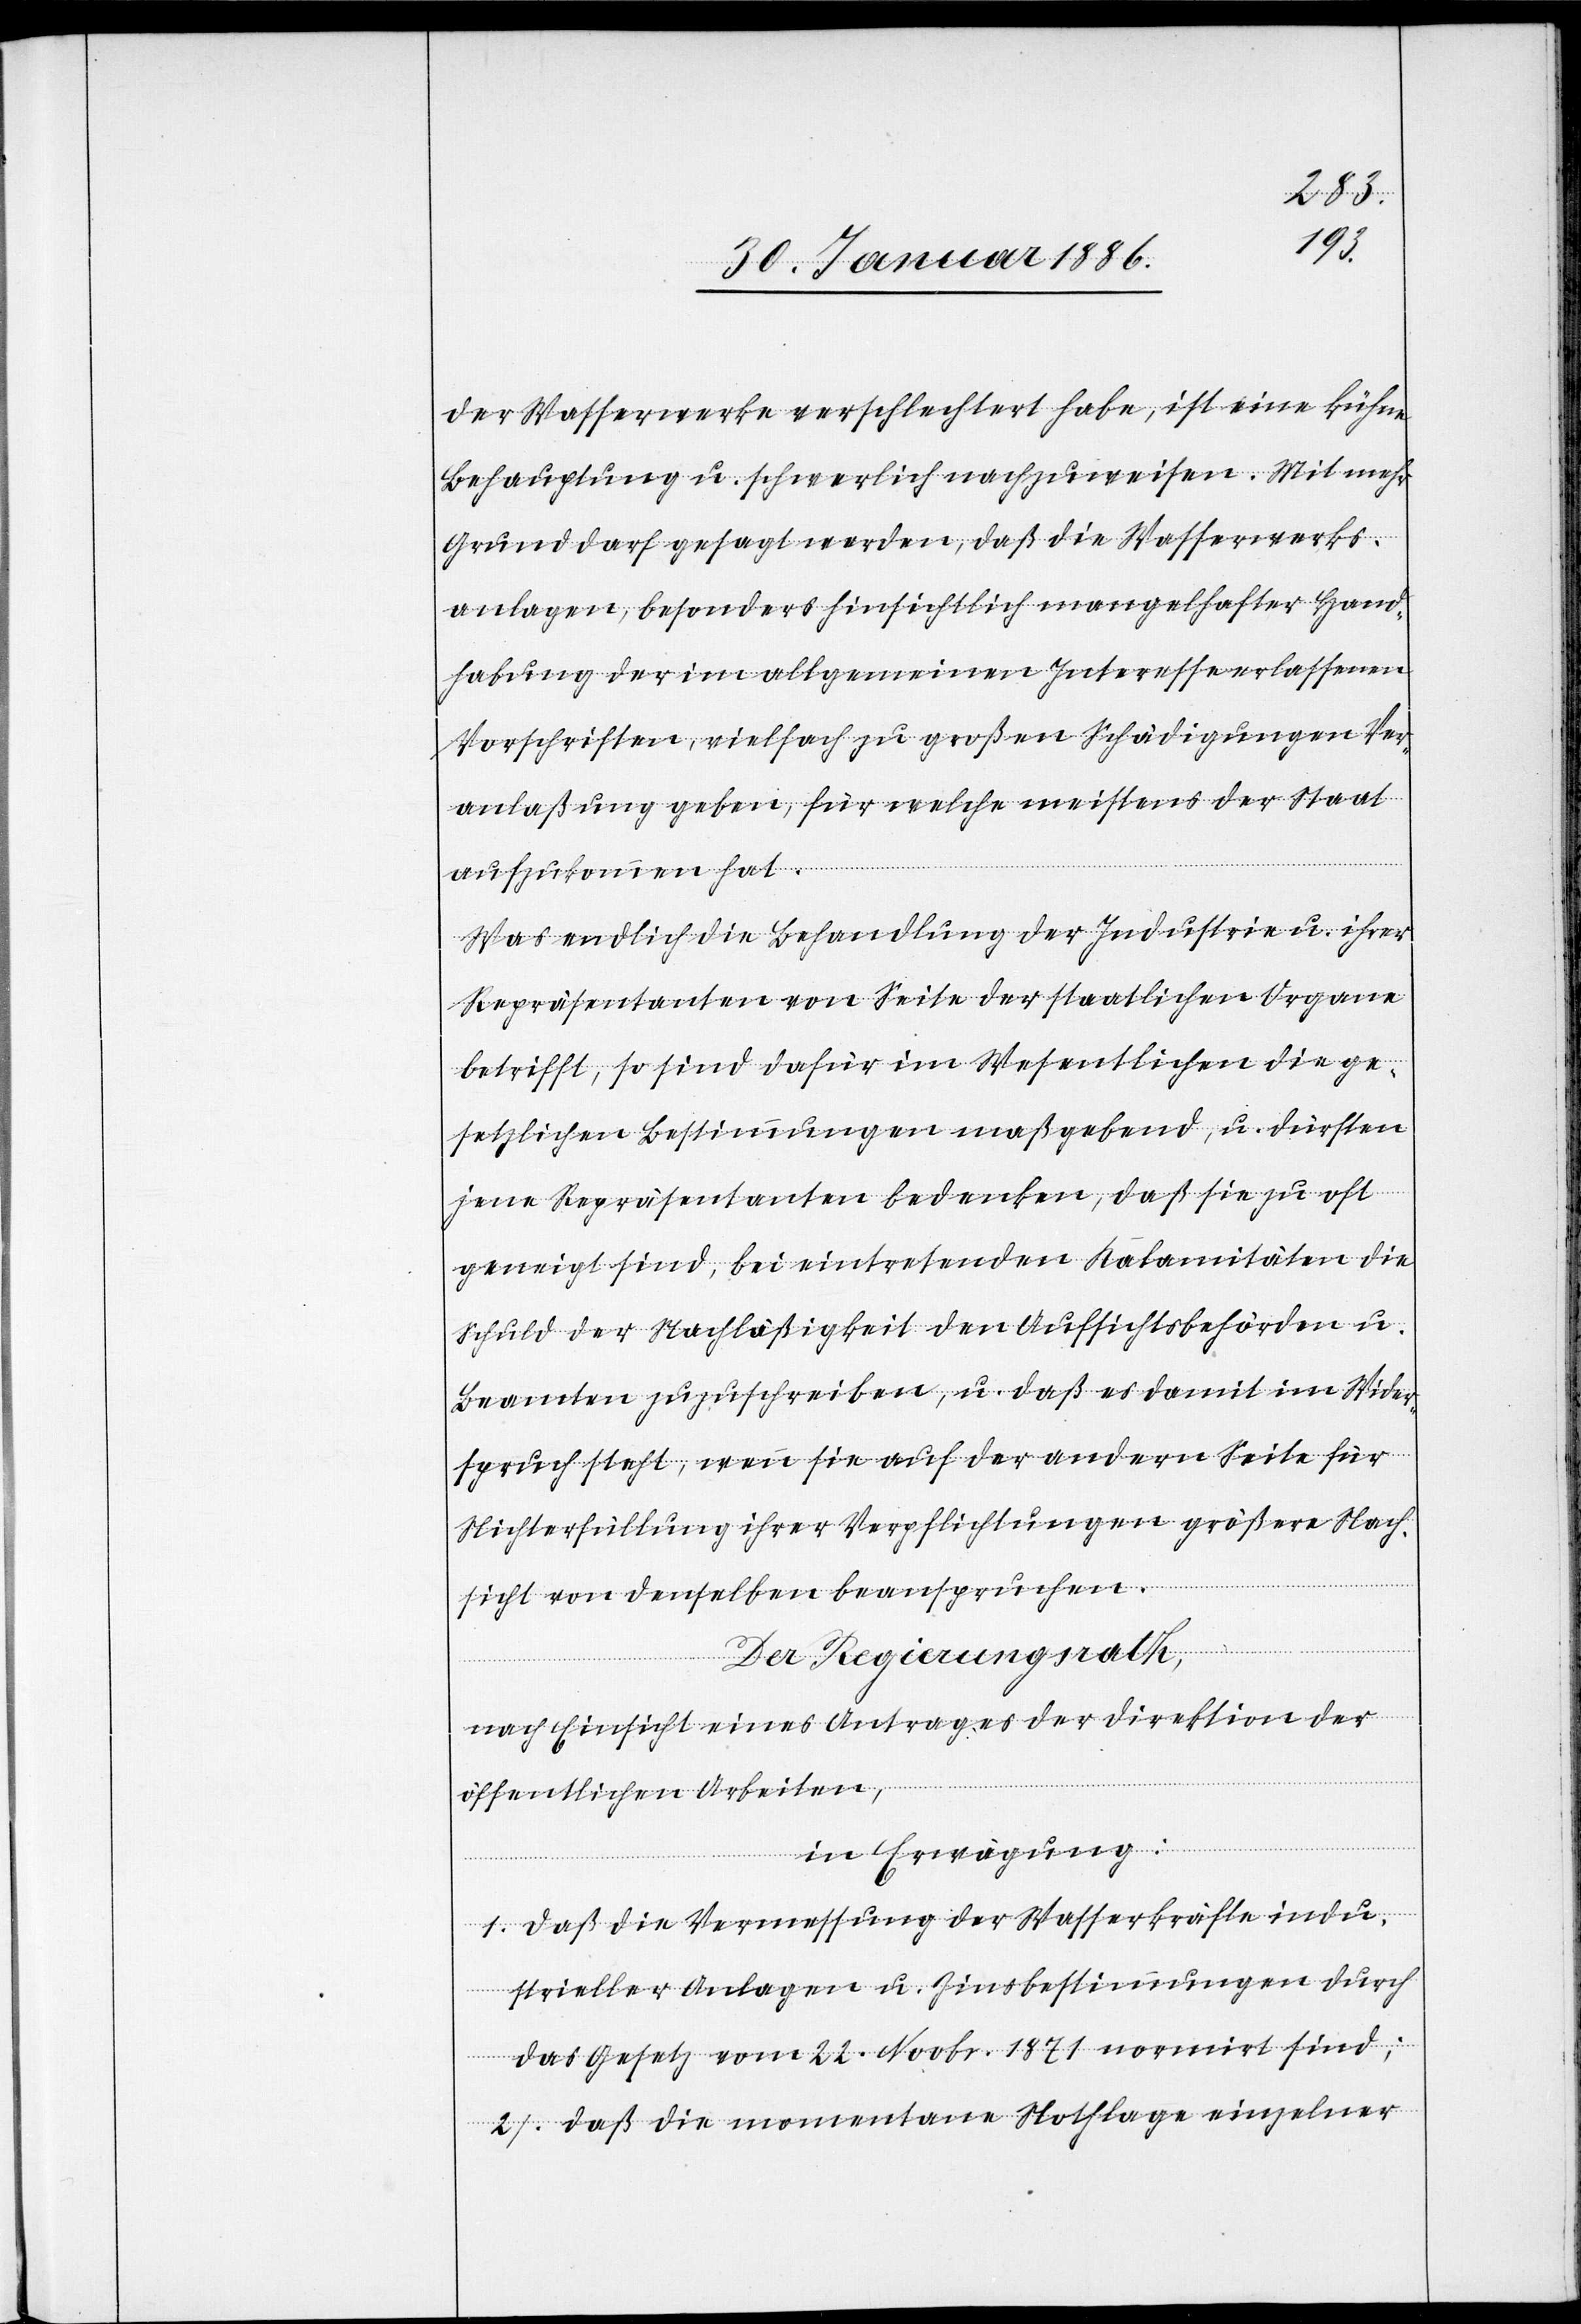
der Wasserwerke verschlechtert habe, ist eine kühne
Behauptung u. schwerlich nachzuweisen. Mit mehr
Grund darf gesagt werden, daß die Wasserwerks¬
anlagen, besonders hinsichtlich mangelhafter Hand¬
habung der im allgemeinen Interesse erlassene
Vorschriften, vielfach zu großen Schädigungen Ver¬
anlaßung geben, für welche meistens der Staat
aufzukommen hat.
Was endlich die Behandlung der Industrie u. ihrer
Repräsentanten von Seite der staatlichen Organe
betrifft, so sind dafür im Wesentlichen die ge¬
setzliche Bestimmungen maßgebend u. dürften
jene Repräsentanten bedenken, daß sie zu oft
geneigt sind, bei eintretenden Kalamitäten die
Schuld der Nachläßigkeit den Aufsichtsbehörden u.
Beamten zuzuschreiben, u. daß es damit im Wider¬
spruch steht, wenn sie auf der andern Seite für
Nichterfüllung ihrer Verpflichtungen größere Nach¬
sicht von denselben beanspruchen.
Der Regierungsrath,
nach Einsicht eines Antrages der Direktion der
öffentlichen Arbeiten,
in Erwägung:
1. Daß die Vermessung der Wasserkräfte indu¬
strieller Anlagen u. Zinsbestimmungen durch
das Gesetz vom 22. Novbr. 1871 normirt sind;
2. Daß die momentanen Nothlage einzelner